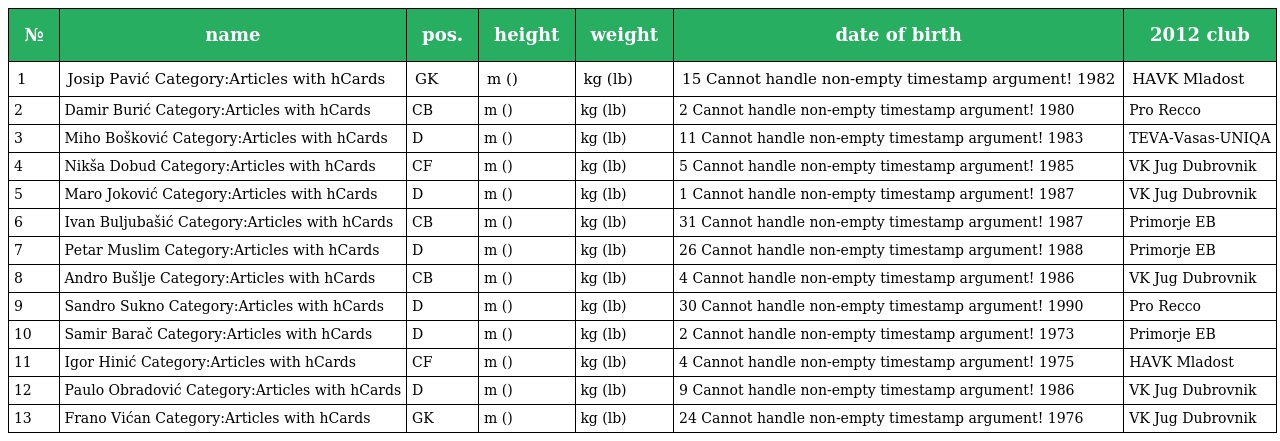
| № | name | pos. | height | weight | date of birth | 2012 club |
 | --- | --- | --- | --- | --- | --- | --- |
 | 1 | Josip Pavić Category:Articles with hCards | GK | m () | kg (lb) | 15 Cannot handle non-empty timestamp argument! 1982 | HAVK Mladost |
 | 2 | Damir Burić Category:Articles with hCards | CB | m () | kg (lb) | 2 Cannot handle non-empty timestamp argument! 1980 | Pro Recco |
 | 3 | Miho Bošković Category:Articles with hCards | D | m () | kg (lb) | 11 Cannot handle non-empty timestamp argument! 1983 | TEVA-Vasas-UNIQA |
 | 4 | Nikša Dobud Category:Articles with hCards | CF | m () | kg (lb) | 5 Cannot handle non-empty timestamp argument! 1985 | VK Jug Dubrovnik |
 | 5 | Maro Joković Category:Articles with hCards | D | m () | kg (lb) | 1 Cannot handle non-empty timestamp argument! 1987 | VK Jug Dubrovnik |
 | 6 | Ivan Buljubašić Category:Articles with hCards | CB | m () | kg (lb) | 31 Cannot handle non-empty timestamp argument! 1987 | Primorje EB |
 | 7 | Petar Muslim Category:Articles with hCards | D | m () | kg (lb) | 26 Cannot handle non-empty timestamp argument! 1988 | Primorje EB |
 | 8 | Andro Bušlje Category:Articles with hCards | CB | m () | kg (lb) | 4 Cannot handle non-empty timestamp argument! 1986 | VK Jug Dubrovnik |
 | 9 | Sandro Sukno Category:Articles with hCards | D | m () | kg (lb) | 30 Cannot handle non-empty timestamp argument! 1990 | Pro Recco |
 | 10 | Samir Barač Category:Articles with hCards | D | m () | kg (lb) | 2 Cannot handle non-empty timestamp argument! 1973 | Primorje EB |
 | 11 | Igor Hinić Category:Articles with hCards | CF | m () | kg (lb) | 4 Cannot handle non-empty timestamp argument! 1975 | HAVK Mladost |
 | 12 | Paulo Obradović Category:Articles with hCards | D | m () | kg (lb) | 9 Cannot handle non-empty timestamp argument! 1986 | VK Jug Dubrovnik |
 | 13 | Frano Vićan Category:Articles with hCards | GK | m () | kg (lb) | 24 Cannot handle non-empty timestamp argument! 1976 | VK Jug Dubrovnik |